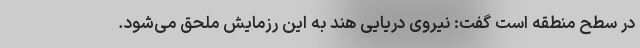
در سطح منطقه است گفت: نیروی دریایی هند به این رزمایش ملحق می‌شود.